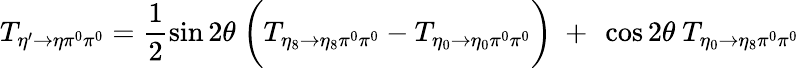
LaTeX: T_{\eta^{\prime}\rightarrow\eta\pi^{0}\pi^{0}}=\frac{1}{2}\sin{2\theta}\ \biggl(T_{\eta_{8}\rightarrow\eta_{8}\pi^{0}\pi^{0}}-T_{\eta_{0}\rightarrow\eta_{0}\pi^{0}\pi^{0}}\biggr)\ +\ \cos 2\theta\ T_{\eta_{0}\rightarrow\eta_{8}\pi^{0}\pi^{0}}